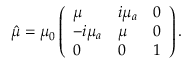
\hat { \mu } = \mu _ { 0 } \left( { \begin{array} { l l l } { { \mu } } & { { i \mu _ { a } } } & { { 0 } } \\ { { - i \mu _ { a } } } & { { \mu } } & { { 0 } } \\ { { 0 } } & { { 0 } } & { { 1 } } \end{array} } \right) .